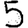
Digit: 5